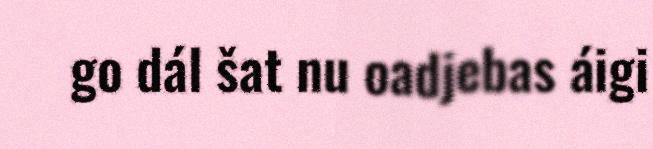
go dál šat nu oadjebas áigi